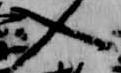
入